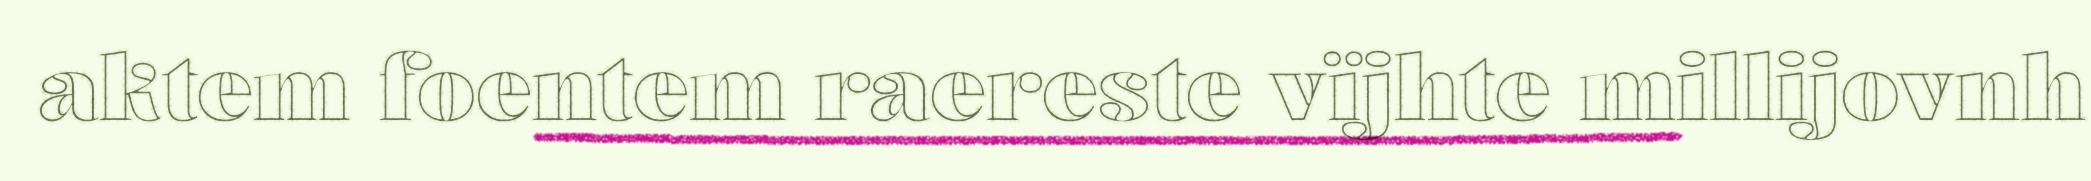
aktem foentem raereste vïjhte millijovnh